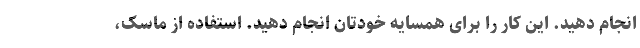
انجام دهید. این کار را برای همسایه خودتان انجام دهید. استفاده از ماسک،